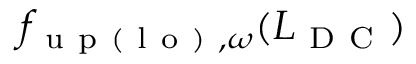
{ f } _ { \mathrm { ~ u ~ p ~ ( ~ l ~ o ~ ) ~ } , \omega } ( L _ { \mathrm { ~ D ~ C ~ } } )